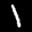
Label: 1